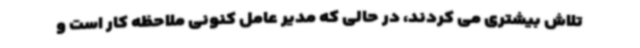
تلاش بیشتری می کردند، در حالی که مدیر عامل کنونی ملاحظه کار است و